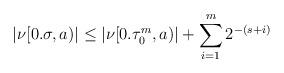
LaTeX: \begin{align*}|\nu[0.\sigma,a)|\leq |\nu[0.\tau_{0}^{m},a)| + \sum_{i=1}^{m} 2^{-(s+i)}\end{align*}